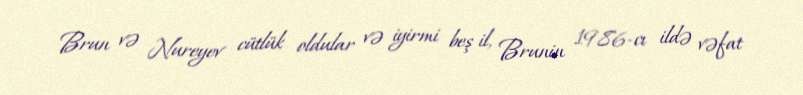
Brun və Nureyev cütlük oldular və iyirmi beş il, Brunin 1986-cı ildə vəfat